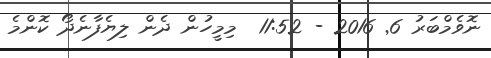
ނޮވެމްބަރު 6